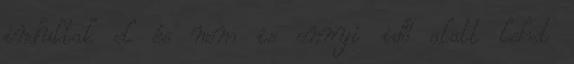
indultak el és nem is ennyi idő alatt lehet